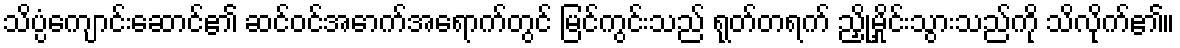
သိပ္ပံကျောင်းဆောင်၏ ဆင်ဝင်အောက်အရောက်တွင် မြင်ကွင်းသည် ရုတ်တရက် ညှို့မှိုင်းသွားသည်ကို သိလိုက်၏။